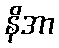
နိအာ